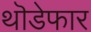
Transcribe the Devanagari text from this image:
थॊडेफार